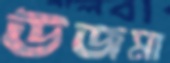
উজমা